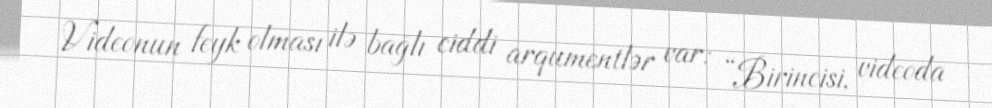
Videonun feyk olması ilə bağlı ciddi arqumentlər var: “Birincisi, videoda